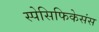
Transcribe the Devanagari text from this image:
स्पेसिफिकेसंस